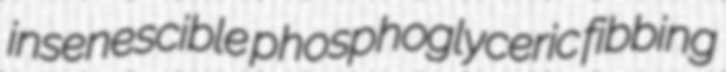
insenescible phosphoglyceric fibbing